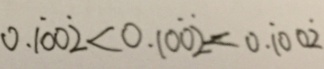
0 . \dot { 1 } 0 0 \dot { 2 } < 0 . 1 0 \dot { 0 } \dot { 2 } < 0 . \dot { 1 } 0 0 \dot { 2 }